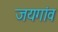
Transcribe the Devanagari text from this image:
जयगांव